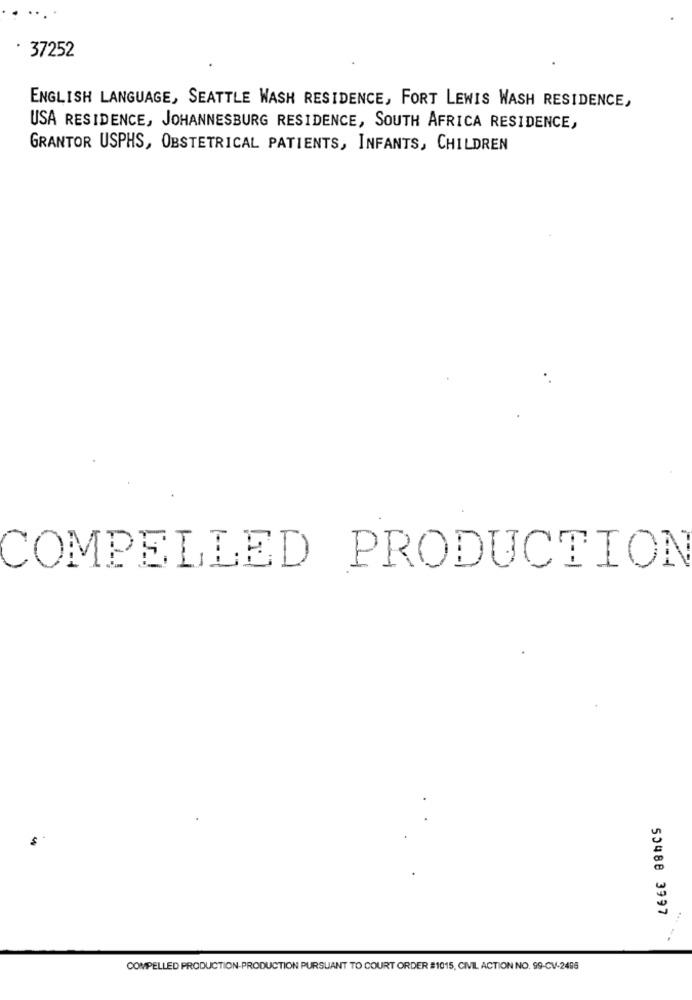
· 37252
ENGLISH LANGUAGE, SEATTLE WASH RESIDENCE, FORT LEWIS WASH RESIDENCE,
USA RESIDENCE, JOHANNESBURG RESIDENCE, SOUTH AFRICA RESIDENCE,
GRANTOR USPHS, OBSTETRICAL PATIENTS, INFANTS, CHILDREN
COMPELLED PRODUCTION
50488 3997
COMPELLED PRODUCTION-PRODUCTION PURSUANT TO COURT ORDER #1015, CIVIL ACTION NO. 99-CV-2486